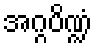
အဂ္ဂပိဏ္ဍံ